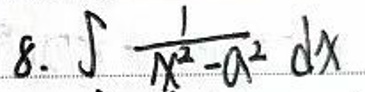
$8. \int \frac{1}{\sqrt{x^{2}-a^{2}}}dx$